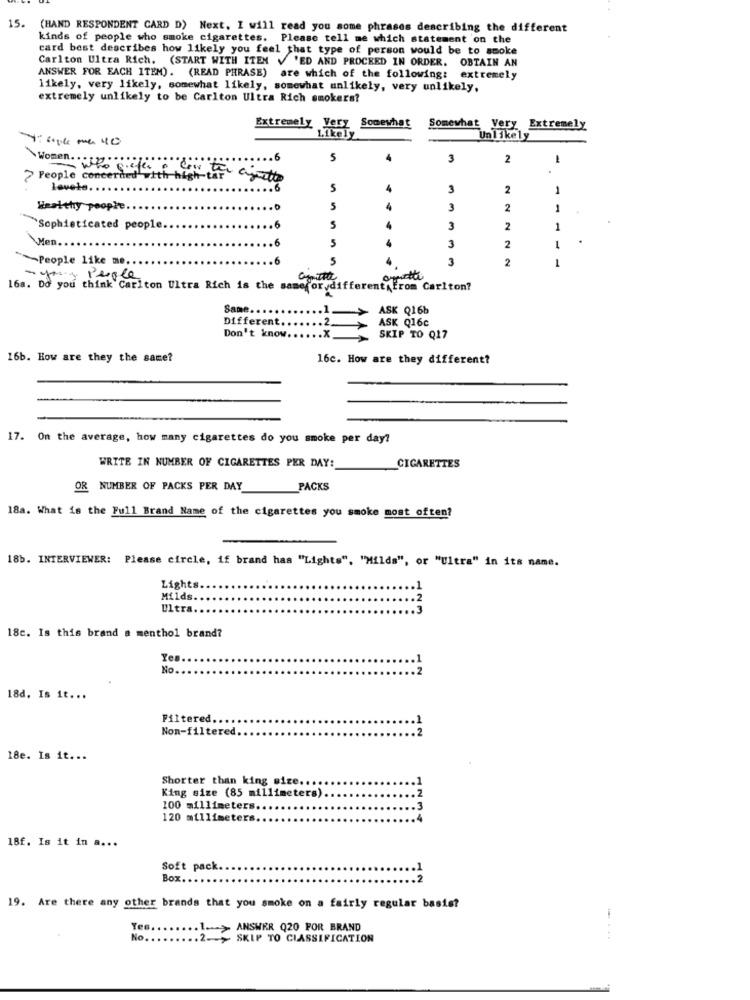
15.
(HAND RESPONDENT CARD D) Next. I will read you some phrases describing the different
kinds of people who smoke cigarettes. Please tell me which statement on the
card best describes how likely you feel that type of person would be to smoke
Carlton Ultra Rich. (START WITH ITEN V 'ED AND PROCEED IN ORDER. OBTAIN AN
ANSWER FOR EACH ITEM). (READ PHRASE) are which of the following: extremely
likely, very likely, somewhat likely, somewhat unlikely, very unlikely,
extremely unlikely to be Carlton Ultra Rich smokers?
Somewhat
Extremely Very
Somewhat Very Extremely
4: lok ma 40
Likely
Unlikely
Women. ..
.. 6
5
3
2
.
? People concerned with high-te
lovete.
4
3
2
1
Healthy people.
5
4
3
2
Sophisticated people.
.6
5
3
2
1
Wen.
6
5
3
2
L
People like me.
5
3
2
1
- young people
16s. Do you think Carlton Ultra Rich is the samefor different from Carlton?
Same.
ASK Q16b
Different.
ASK Q16c
Don't know.
SKIP TO Q17
16b. How are they the same?
16c. How are they different?
17. On the average, how many cigarettes do you smoke per day?
WRITE IN NUMBER OF CIGARETTES PER DAY:
CIGARETTES
OR NUMBER OF PACKS PER DAY
PACKS
18a. What is the Full Brand Name of the cigarettes you smoke most often?
18b. INTERVIEWER: Please circle, if brand has "Lights", "Milds", or "Ultra" in its name.
Lights.
Milds.
Ultra.
18c. Is this brand a menthol brand?
Yes
No
IN
18d. Is it ...
Filtered.
Non-filtered.
18e. Is it ...
Shorter than king size ..
King size (85 millimeters)
100 millimeters.
120 millimeters.
18f. Is it in a ...
Soft pack.
Box
19.
Are there any other brands that you smoke on a fairly regular basis?
Yes.
--- > ANSWER Q20 FOR BRAND
No ..
SKIP TO CLASSIFICATION
.....